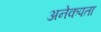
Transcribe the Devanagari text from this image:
अनेकपता